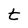
Character: t